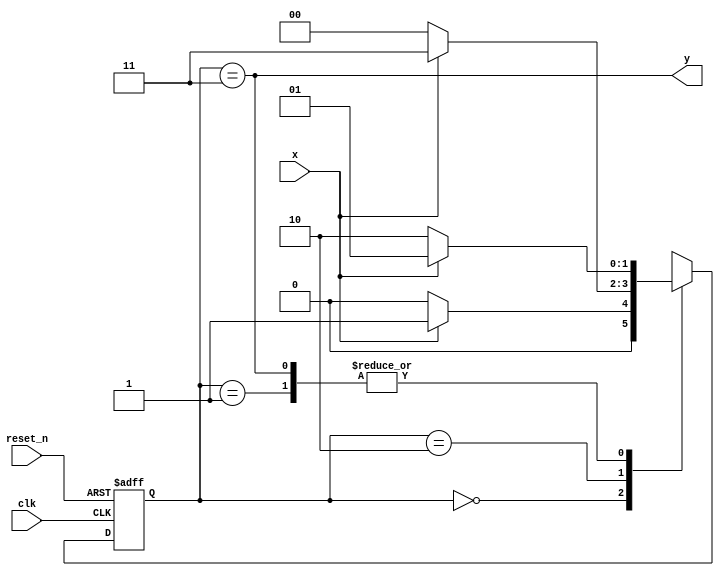
`timescale 1ns / 1ps
//////////////////////////////////////////////////////////////////////////////////
// Company: 
// Engineer: 
// 
// Design Name: 
// Module Name: Moore_101_detector
// Project Name: 
// Target Devices: 
// Tool Versions: 
// Description: 
// 
// Dependencies: 
// 
// Revision:
// Revision 0.01 - File Created
// Additional Comments:
// 
//////////////////////////////////////////////////////////////////////////////////


module Moore_101_detector(
      input x ,reset_n,clk,
        output y
    );
    
    reg [1:0]state_reg, state_next;
    localparam S0 = 2'b00;
    localparam S1 = 2'b01;
    localparam S2 = 2'b10;
    localparam S3 = 2'b11;
    
    
    always @(posedge clk , negedge reset_n)
    begin
        if(!reset_n)
            state_reg <= S0 ;
        else
            state_reg <= state_next;
    end
    
    always@(*)
    begin
    case(state_reg)
        S0: if(x)
                state_next = S1;
            else
                state_next = S0;
        S1: if(x)
                state_next = S1;
            else
                state_next = S2;
        
        S2: if(x)
                state_next = S3;
            else
                state_next = S0;
        S3: if(x)
                state_next = S1;
            else
                state_next = S2;                
    endcase
    end
    
    assign y = ( state_reg == S3) ;
    
endmodule